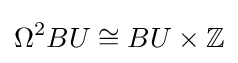
\Omega ^{2}BU\cong BU\times \mathbb {Z}